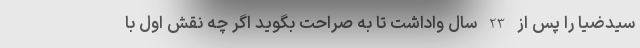
سید‌ضیا را پس از 23 سال واداشت تا به صراحت بگوید اگر چه نقش اول با